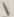
Text: 1